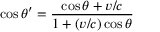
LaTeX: \cos \theta ^ { \prime } = { \frac { \cos \theta + v / c } { 1 + ( v / c ) \cos \theta } }